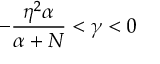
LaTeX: - \frac { \eta ^ { 2 } \alpha } { \alpha + N } < \gamma < 0